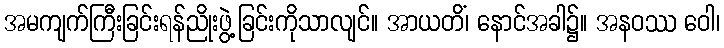
အမကျက်ကြီးခြင်းရန်ညိုးဖွဲ့ခြင်းကိုသာလျင်။ အာယတိံ၊ နောင်အခါ၌။ အနဝဿ ဝေါ၊